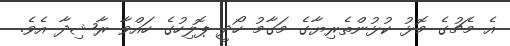
އެ މެޗުގެ މޮޅު ކުޅުންތެރިޔާގެ މަގާމު ހޯދީ ޕޮލިހުގެ ހައްވާ ރާޝިދާ އެވެ.